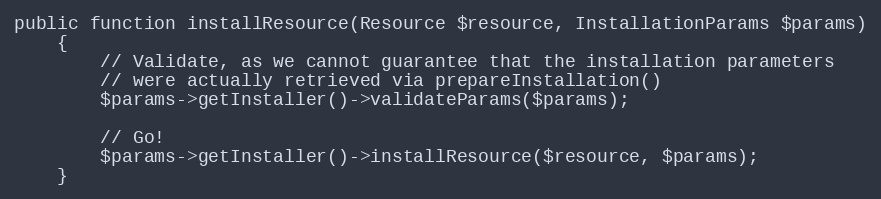
Language: PHP
public function installResource(Resource $resource, InstallationParams $params)
    {
        // Validate, as we cannot guarantee that the installation parameters
        // were actually retrieved via prepareInstallation()
        $params->getInstaller()->validateParams($params);

        // Go!
        $params->getInstaller()->installResource($resource, $params);
    }